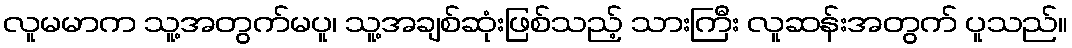
လူမမာက သူ့အတွက်မပူ၊ သူ့အချစ်ဆုံးဖြစ်သည့် သားကြီး လူဆန်းအတွက် ပူသည်။